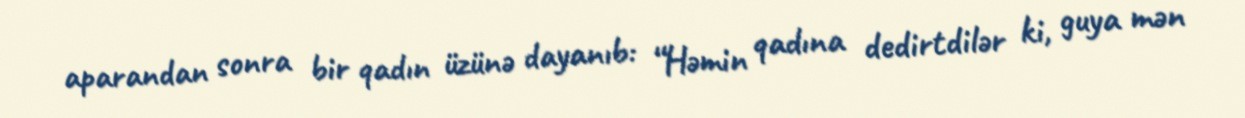
aparandan sonra bir qadın üzünə dayanıb: “Həmin qadına dedirtdilər ki, guya mən